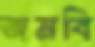
জমবি